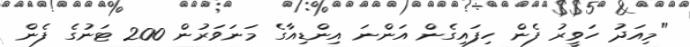
"މިއަދު ހަވީރު ފެން ހިފައިގެން އަންނަ އިންޑިއާގެ މަނަވަރުން 200 ޓަނުގެ ފެން